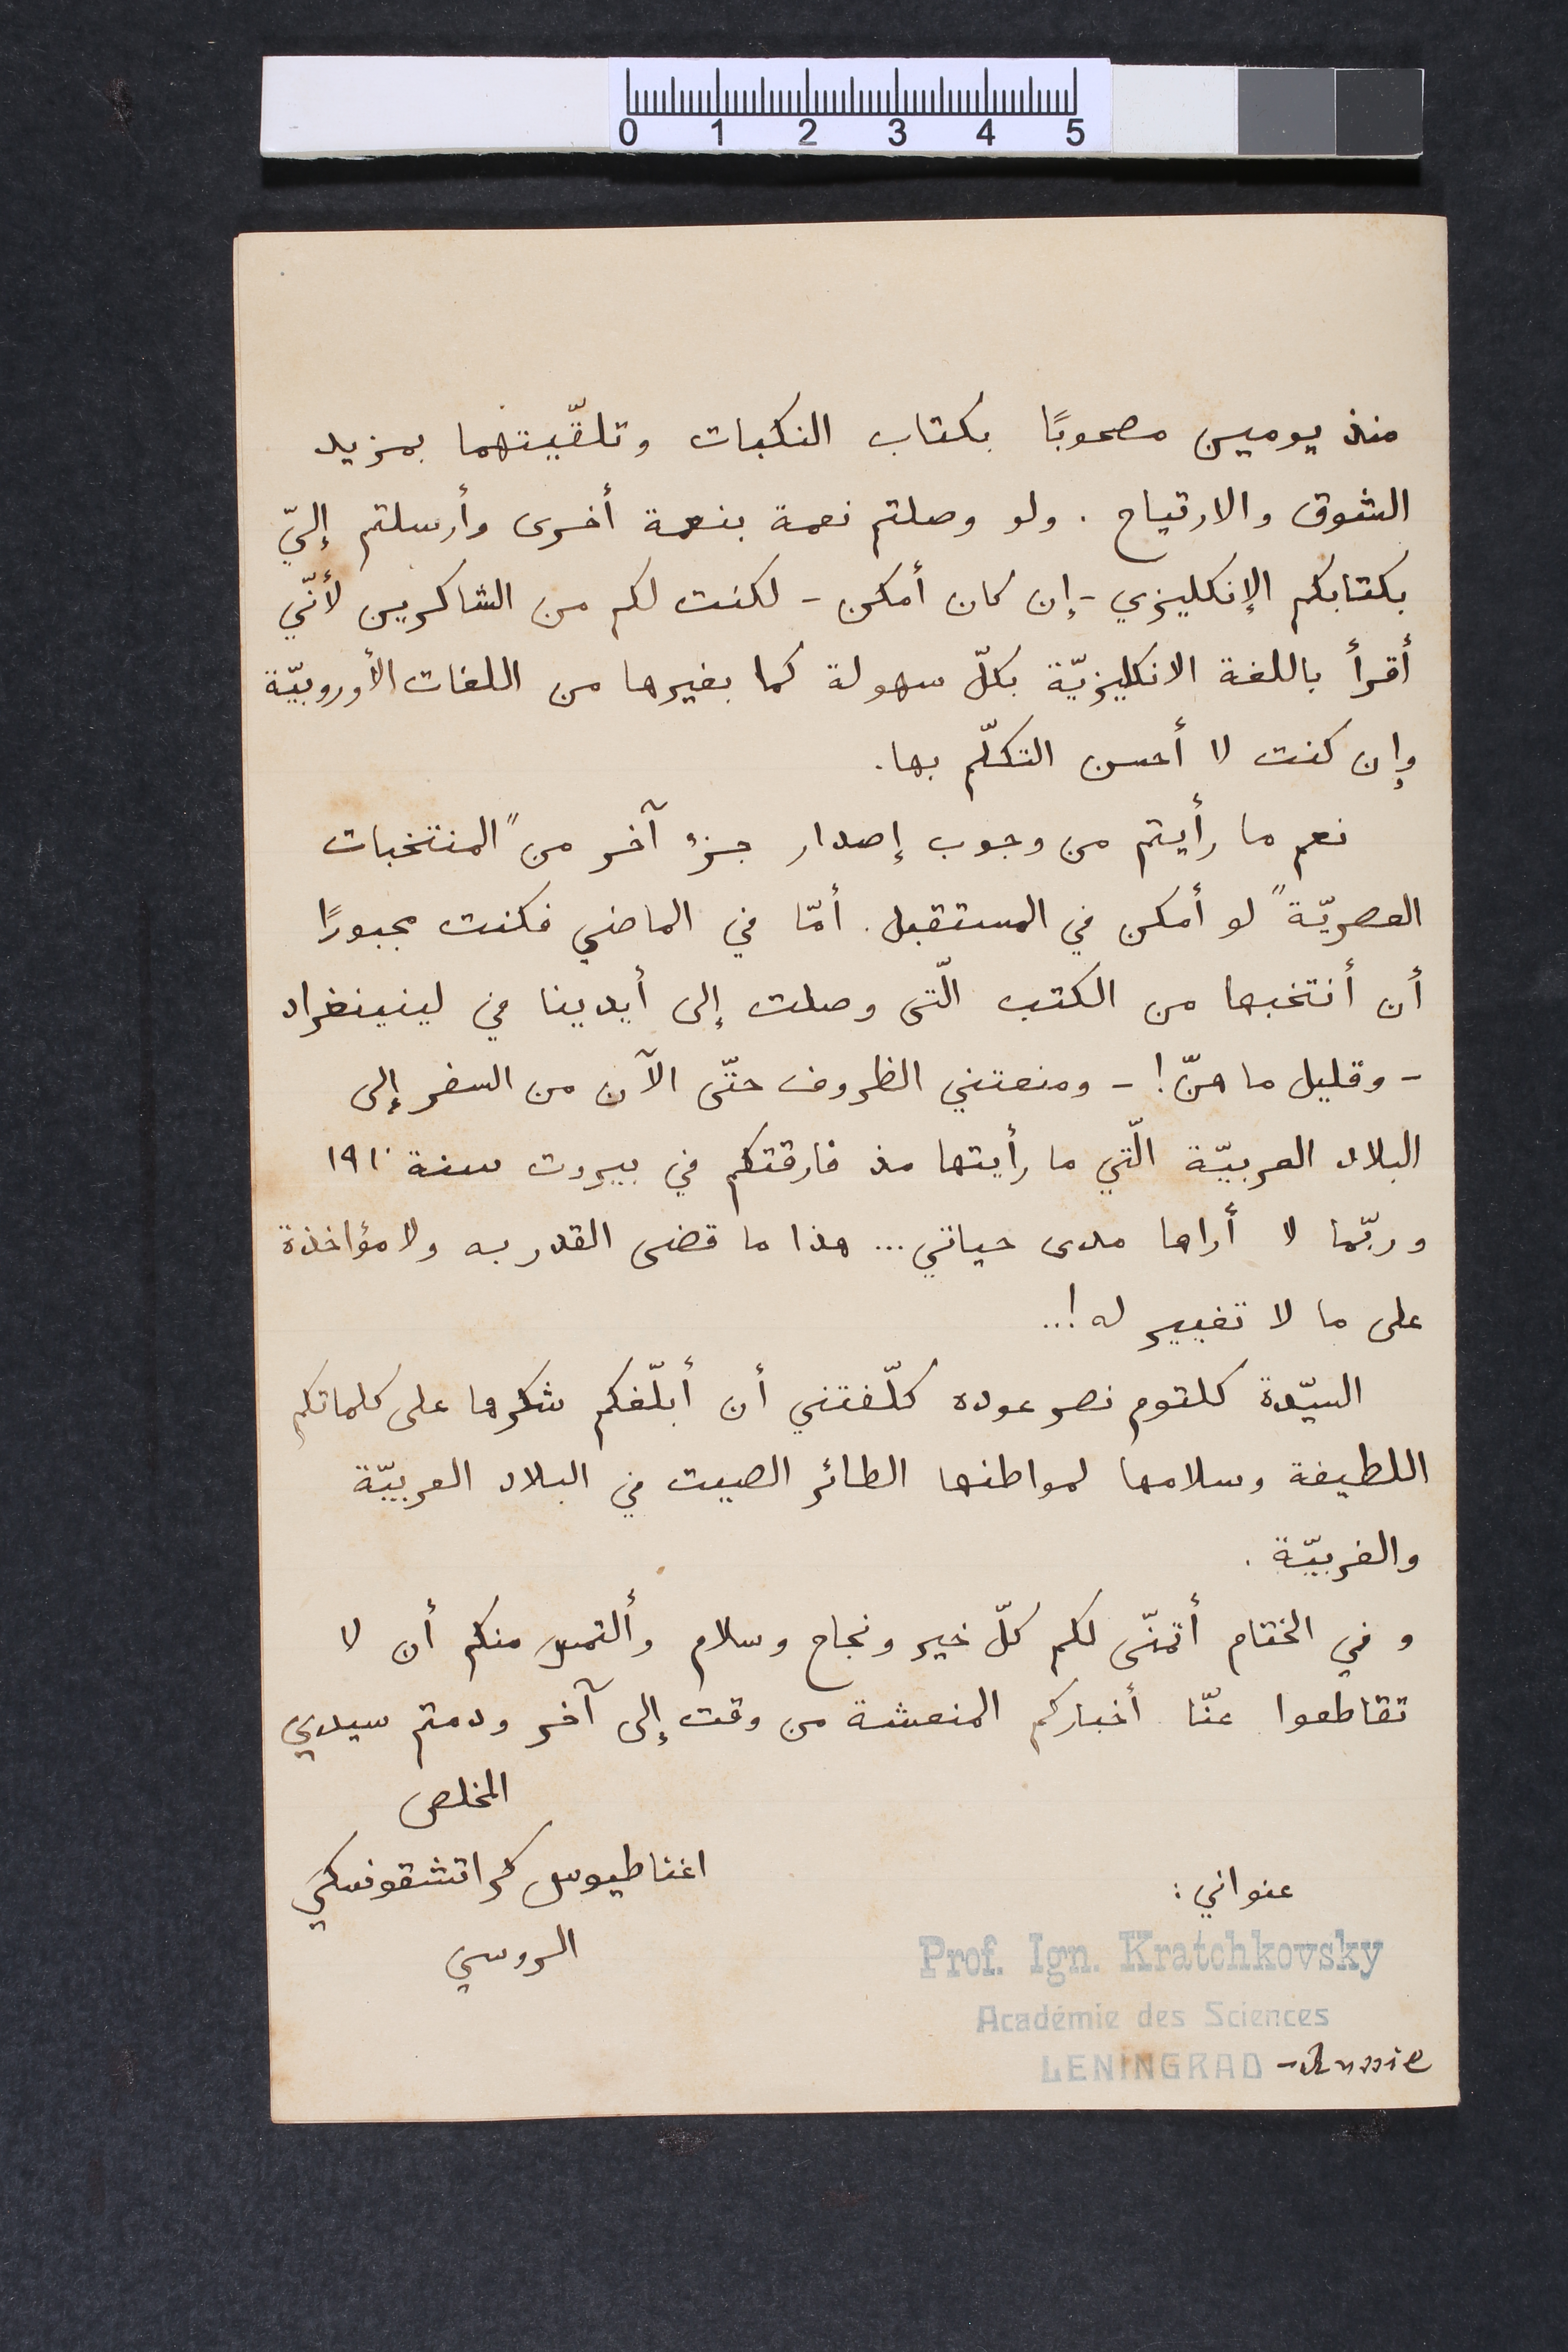
منذ يومين مصحوباً بكتاب النكبات وتلقّيتهما بمزيد
الشوق والارتياح. ولو وصلتم نعمة بنعمة أخرى وأرسلتم إليّ
بكتابكم الإنكليزي - إن كان أمكن - لكنت لكم من الشاكرين لأنّي
أقرأ باللغة الانكليزيّة بكلّ سهولة كما بغيرها من اللغات الأوروبيّة
وإن كنت لا أحسن التكلّم بها.
نعم ما رأيتم من وجوب إصدار جزء أخر من "المنتخبات
العصريّة" لو أمكن في المستقبل. أمّا في الماضي فكنت مجبوراً
أن أنتخبها من الكتب الّتى وصلت إلى أيدينا في لينينغراد
- وقليل ما هنّ! - ومنعتني  الظروف حتّى الآن من السفر إلى
البلاد العربيّة الّتي ما رأيتها مذ فارقتكم في بيروت سنة ١٩١٠
وربّما لا أراها مدى حياتي ... هذا ما قضى القدر به ولا مؤاخذة
على ما لا تغيير له ! ..
السيّدة كلتوم نصر عوده كلّفتني أن أبلّغكم شكرها على كلماتكم
اللطيفة وسلامها لمواطنها الطائر الصيت في البلاد العربيّة
والغربيّة.
وفي الختام أتمنّى لكم كلّ خير ونجاح وسلام وألتمس منكم أن لا
تقاطعوا عنّا أخباركم المنعشة من وقت إلى آخر ودمتم سيدي
المخلص اغناطيوس كراتشقوفسكي الروسي
عنواني: Prof. Ign. Kratchkovsky Académie des Sciences LENINGRAD - Russie